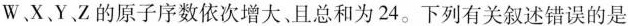
W、X、Y、Z的原子序数依次增大、且总和为24。下列有关叙述错误的是